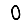
Digit: 0